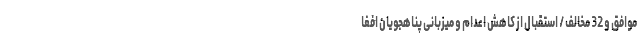
موافق و 32 مخالف / استقبال از کاهش اعدام و میزبانی پناهجویان افغا